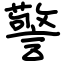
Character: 警